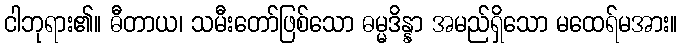
ငါဘုရား၏။ ဓီတာယ၊ သမီးတော်ဖြစ်သော ဓမ္မဒိန္နာ အမည်ရှိသော မထေရ်မအား။